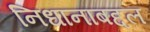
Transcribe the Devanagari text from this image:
निधानाबद्दल